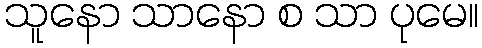
သူနော သာနော စ သာ ပုမေ။